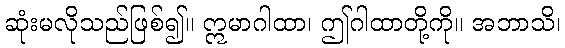
ဆုံးမလိုသည်ဖြစ်၍။ ဣမာဂါထာ၊ ဤဂါထာတို့ကို။ အဘာသိ၊